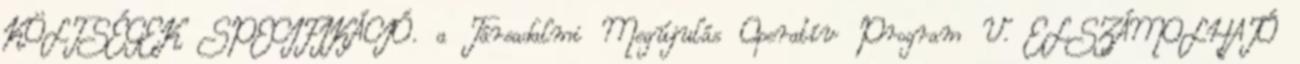
KÖLTSÉGEK SPECIFIKÁCIÓ. a Társadalmi Megújulás Operatív Program V. ELSZÁMOLHATÓ